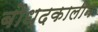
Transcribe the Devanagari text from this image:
बौध्दकालीन